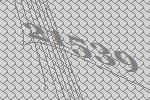
21539